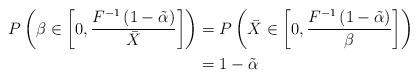
LaTeX: \begin{align*}P\left(\beta\in\left[0,\frac{F^{-1}\left(1-\tilde{\alpha}\right)}{\bar{X}}\right]\right) & =P\left(\bar{X}\in\left[0,\frac{F^{-1}\left(1-\tilde{\alpha}\right)}{\beta}\right]\right)\\ & =1-\tilde{\alpha}\end{align*}